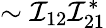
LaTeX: \sim\mathcal{I}_{12}\mathcal{I}_{21}^{*}